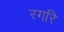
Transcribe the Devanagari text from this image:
रगरि